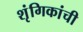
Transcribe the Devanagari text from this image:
शृंगिकांची